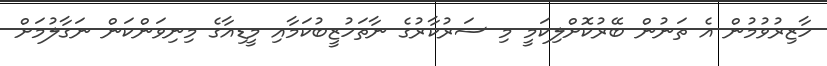
ހާޒިރުވުމުން އެ ތަނުން ބޭރުކޮށްލިކަމީ މި ސަރުކާރުގެ ނާތަހުޒީބުކަމާއި މީޑިއާގެ މިނިވަންކަން ނަގާލުމަށް